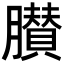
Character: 𦢤